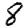
Digit: 8